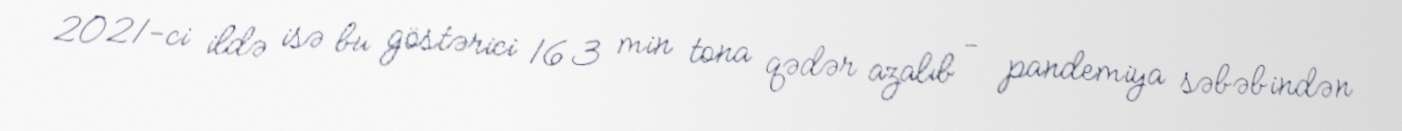
2021-ci ildə isə bu göstərici 163 min tona qədər azalıb - pandemiya səbəbindən